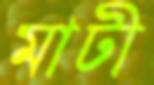
মাটী